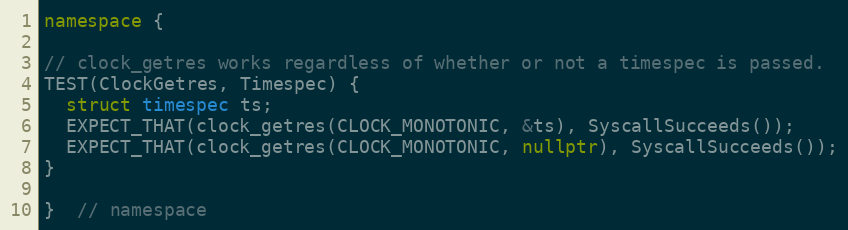
Language: C++
namespace {

// clock_getres works regardless of whether or not a timespec is passed.
TEST(ClockGetres, Timespec) {
  struct timespec ts;
  EXPECT_THAT(clock_getres(CLOCK_MONOTONIC, &ts), SyscallSucceeds());
  EXPECT_THAT(clock_getres(CLOCK_MONOTONIC, nullptr), SyscallSucceeds());
}

}  // namespace